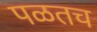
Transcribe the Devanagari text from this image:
पळतच